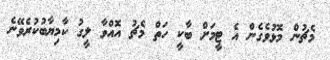
މެޗުން މޮޅުވެގެން އެ ޓީމަށް ބާކީ ހަތް މެޗު އޮއްވާ ލީގު ކާމިޔާބުކުރެވޭނެ